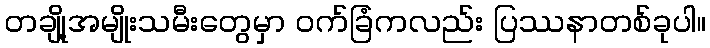
တချို့အမျိုးသမီးတွေမှာ ဝက်ခြံကလည်း ပြဿနာတစ်ခုပါ။